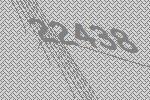
22438